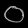
Digit: ၀